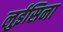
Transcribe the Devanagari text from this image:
लुईसिना